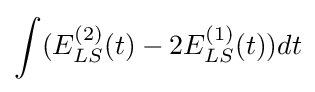
\int (E_{LS}^{(2)}(t)-2E_{LS}^{(1)}(t))dt